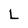
Character: L